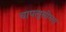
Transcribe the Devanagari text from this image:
चापलूसीभरा